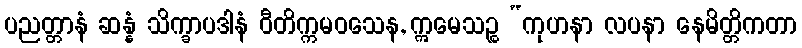
ပညတ္တာနံ ဆန္နံ သိက္ခာပဒါနံ ဝီတိက္ကမဝသေန, ဣမေသဉ္စ “ကုဟနာ လပနာ နေမိတ္တိကတာ